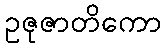
ဥဇုဇာတိကော